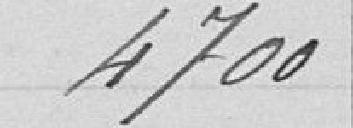
4 700